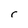
Character: r